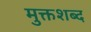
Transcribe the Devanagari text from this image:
मुक्तशब्द